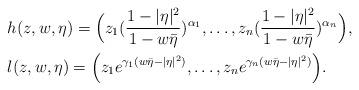
LaTeX: \begin{align*}&h(z,w,\eta)=\Big(z_1(\frac{1-|\eta|^2}{1-w\bar \eta})^{\alpha_1},\dots,z_n(\frac{1-|\eta|^2}{1-w\bar \eta})^{\alpha_n}\Big),\\&l(z,w,\eta)=\Big(z_1e^{\gamma_1(w\bar{\eta}-|\eta|^2)},\dots,z_ne^{\gamma_n(w\bar{\eta}-|\eta|^2)}\Big).\end{align*}